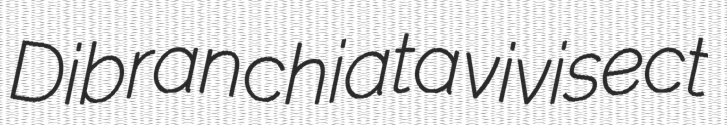
Dibranchiata vivisect